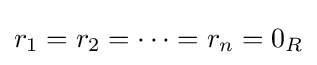
r_{1}=r_{2}=\cdots =r_{n}=0_{R}